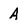
Character: A